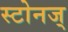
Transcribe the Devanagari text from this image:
स्टोनज्